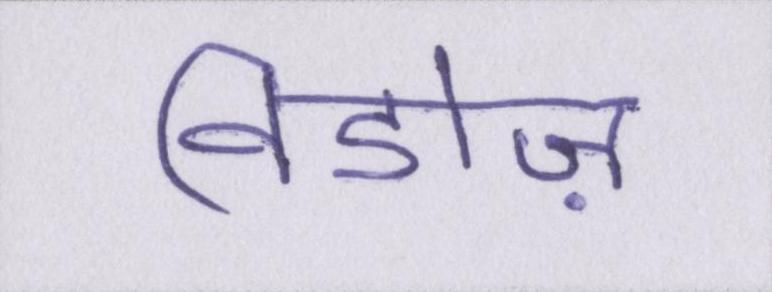
विडोज़